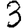
Digit: 3